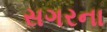
સગરના